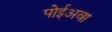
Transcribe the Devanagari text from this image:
पोईअवा